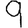
Digit: 9